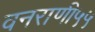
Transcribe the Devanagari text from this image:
वनराणी५५